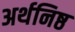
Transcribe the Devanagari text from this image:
अर्थनिष्ठ